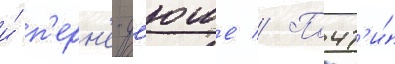
и́ п'ерн'е-д'юше // Почт'и́